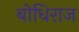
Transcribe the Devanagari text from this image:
बोधिराज